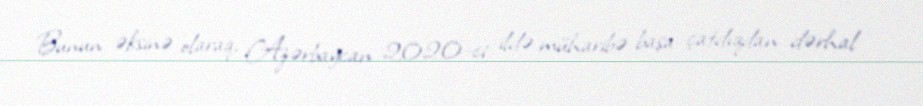
Bunun əksinə olaraq, Azərbaycan 2020-ci ildə müharibə başa çatdıqdan dərhal